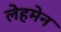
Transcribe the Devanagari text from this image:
लेहमेन